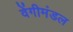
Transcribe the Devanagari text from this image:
वेंगीमंडल